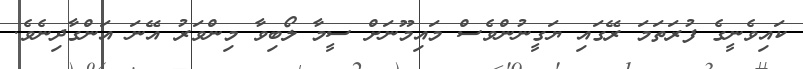
ކައިވެނީގެ ފުރަތަމަ ރޭގައި ޔަގީނުންވެސް މައިމޫނަށް ސީމާ ލޯބިވާ މިންވަރު އޭނަ އަންގާދިނެވެ.